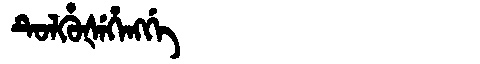
Manchu: ᡨᡠᠯᡥᡠᡧᡝᡥᡝᠩᡤᡝ
Romanization: TULHUŠEHENGGE